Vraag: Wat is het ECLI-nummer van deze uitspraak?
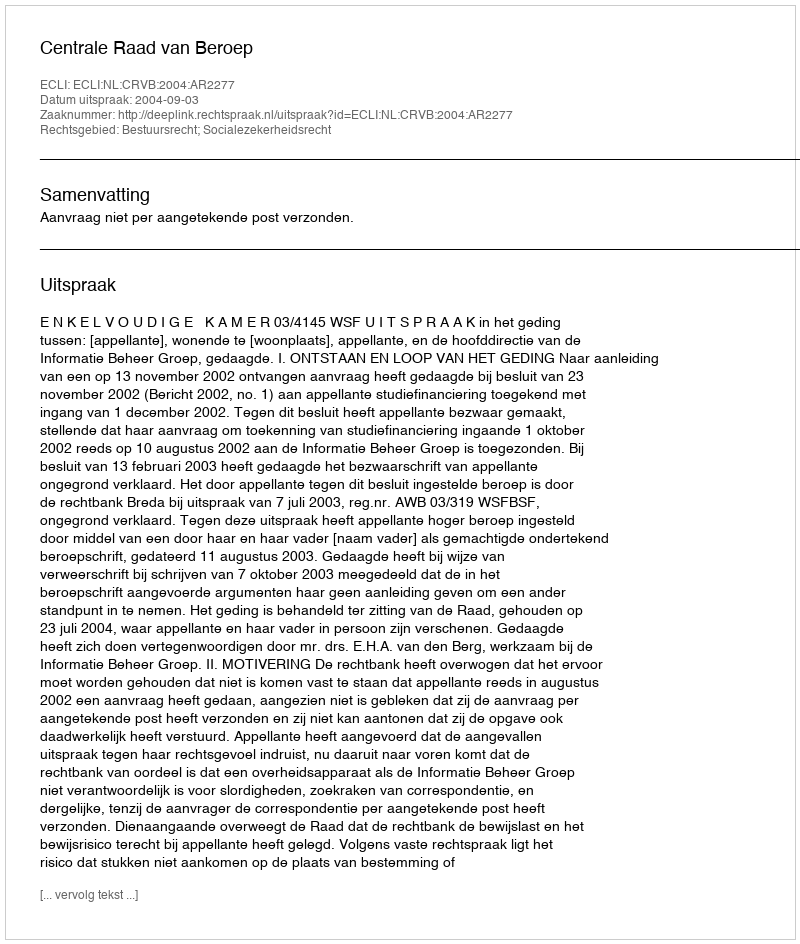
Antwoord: ECLI:NL:CRVB:2004:AR2277